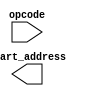
module micro_dispatcher(input[3:0]  opcode,
                        output[2:0] start_address);

endmodule